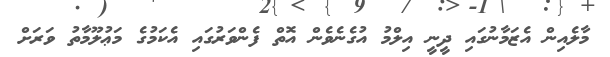
މާލެއިން އެޒަމާނުގައި ދީނީ އިލްމު އުގެނެވެން އޮތް ފެންވަރުގައި އެކަމުގެ މަޢުލޫމާތު ވަރަށް